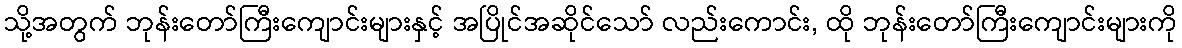
သို့အတွက် ဘုန်းတော်ကြီးကျောင်းများနှင့် အပြိုင်အဆိုင်သော် လည်းကောင်း, ထို ဘုန်းတော်ကြီးကျောင်းများကို